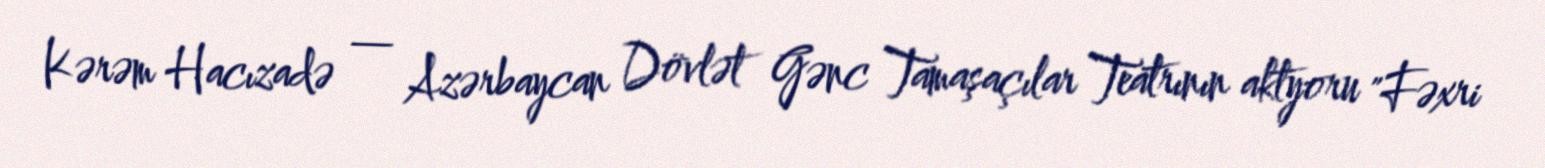
Kərəm Hacızadə — Azərbaycan Dövlət Gənc Tamaşaçılar Teatrının aktyoru "Fəxri